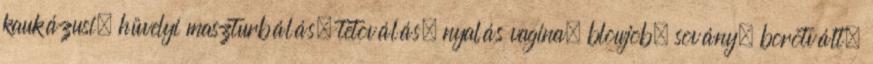
kaukázusi, hüvelyi maszturbálás, tetoválás, nyalás vagina, blowjob, sovány, borotvált,